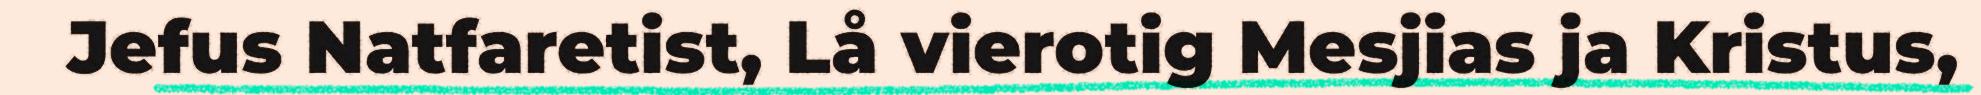
Jefus Natfaretist, Lå vierotig Mesjias ja Kristus,